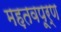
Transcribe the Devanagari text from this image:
मह़तवपूर्ण